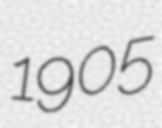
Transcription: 1905